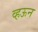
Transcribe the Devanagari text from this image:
व्हऊन